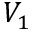
V _ { 1 }